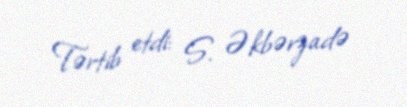
Tərtib etdi: S. Əkbərzadə